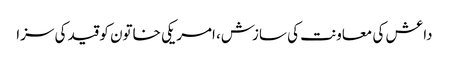
داعش کی معاونت کی سازش، امریکی خاتون کو قید کی سزا